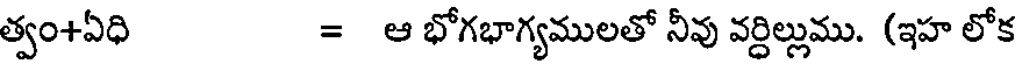
త్వం+ఏధి = ఆ భోగభాగ్యములతో నీవు వర్ధిల్లుము. (ఇహ లోక